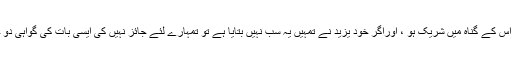
اگرایسا ہے تو تم سب بھی اس کے گناہ میں شریک ہو ، اوراگر خود یزید نے تمہیں یہ سب نہیں بتایا ہے تو تمہارے لئے جائز نہیں کی ایسی بات کی گواہی دو جس کا تمہیں علم ہی نہیں ۔